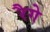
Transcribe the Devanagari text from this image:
रैगे